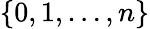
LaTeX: \{ 0,1,\ldots,n\}